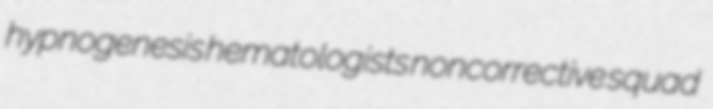
hypnogenesis hematologists noncorrective squad